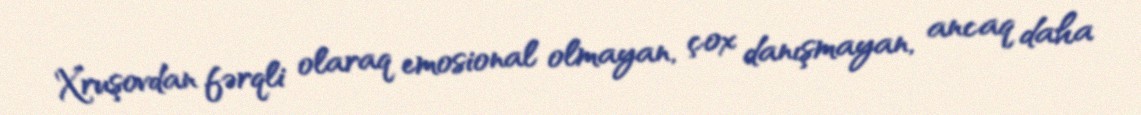
Xruşovdan fərqli olaraq emosional olmayan, çox danışmayan, ancaq daha